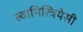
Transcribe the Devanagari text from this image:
स्वामिस्त्रियेसी